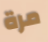
مرة